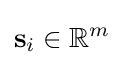
\mathbf {s} _{i}\in \mathbb {R} ^{m}